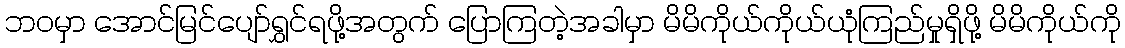
ဘဝမှာ အောင်မြင်ပျော်ရွှင်ရဖို့အတွက် ပြောကြတဲ့အခါမှာ မိမိကိုယ်ကိုယ်ယုံကြည်မှုရှိဖို့ မိမိကိုယ်ကို